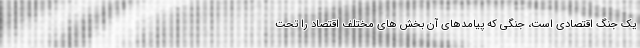
یک جنگ اقتصادی است، جنگی که پیامدهای آن بخش های مختلف اقتصاد را تحت